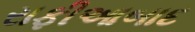
રાફીઆબાદ